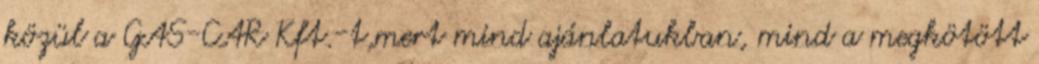
közül a GAS-CAR Kft.-t,mert mind ajánlatukban, mind a megkötött